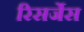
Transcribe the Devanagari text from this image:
रिसर्जेस